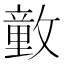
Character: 𰕕